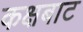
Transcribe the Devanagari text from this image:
कक्षबाट